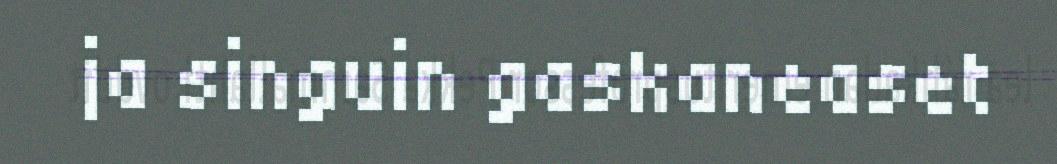
ja singuin gaskaneaset